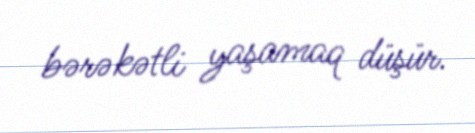
bərəkətli yaşamaq düşür.